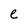
Character: e